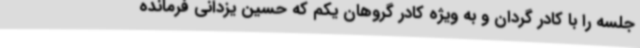
جلسه را با کادر گردان و به ویژه کادر گروهان یکم که حسین یزدانی فرمانده